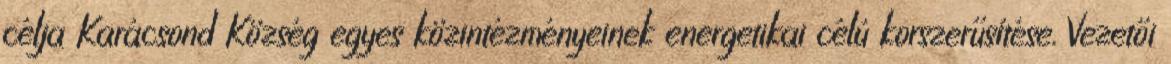
célja Karácsond Község egyes közintézményeinek energetikai célú korszerűsítése. Vezetői